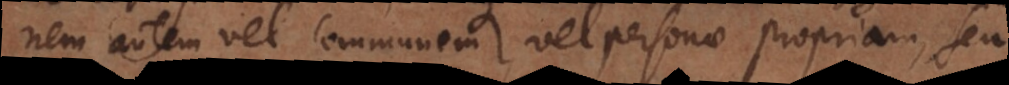
autem vel communem, vel personae propriam, seu